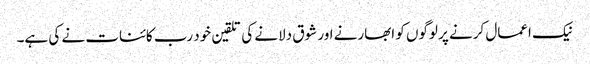
نیک اعمال کرنے پر لوگوں کو ابھارنے اور شوق دلانے کی تلقین خود رب کائنات نے کی ہے۔